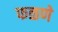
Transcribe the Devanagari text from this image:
फळणे